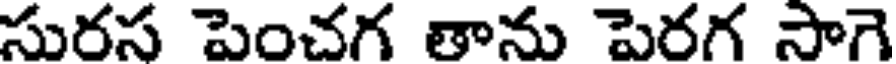
సురస పెంచగ తాను పెరగ సాగె